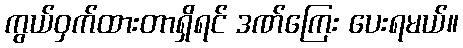
ကွယ်ဝှက်ထားတာရှိရင် ဒဏ်ကြေး ပေးရမယ်။